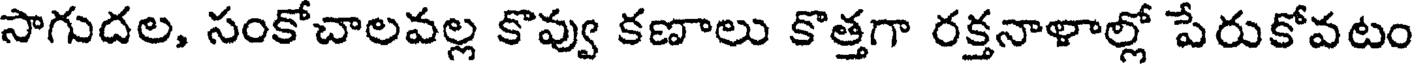
సాగుదల, సంకోచాలవల్ల కొవ్వు కణాలు కొత్తగా రక్తనాళాల్లో పేరుకోవటం